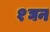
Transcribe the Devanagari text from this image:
१घन